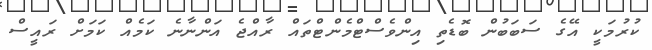
ކުުރުމަކީ އޭގެ ސަބަބުން ބޮޑެތި އިންވެސްޓްމެންޓްތައް ރާއްޖެ އަންނާނެ ކަަމެއް ކަމަށް ރައީސް